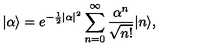
| \alpha \rangle = e ^ { - \frac 1 2 | \alpha | ^ { 2 } } \sum _ { n = 0 } ^ { \infty } \frac { \alpha ^ { n } } { \sqrt { n ! } } | n \rangle ,